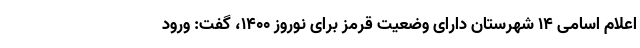
اعلام اسامی ۱۴ شهرستان‌ دارای وضعیت قرمز برای نوروز ۱۴۰۰، گفت: ورود